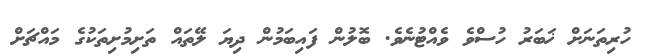
ހުރިތަނަށް ޚަބަރު ހުސްވެ ވެއްޓުނެވެ. ބޮލުން ފައިބަމުން ދިޔަ ލޭތައް ތަށިމުށިތަކުގެ މައްޗަށް